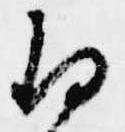
存